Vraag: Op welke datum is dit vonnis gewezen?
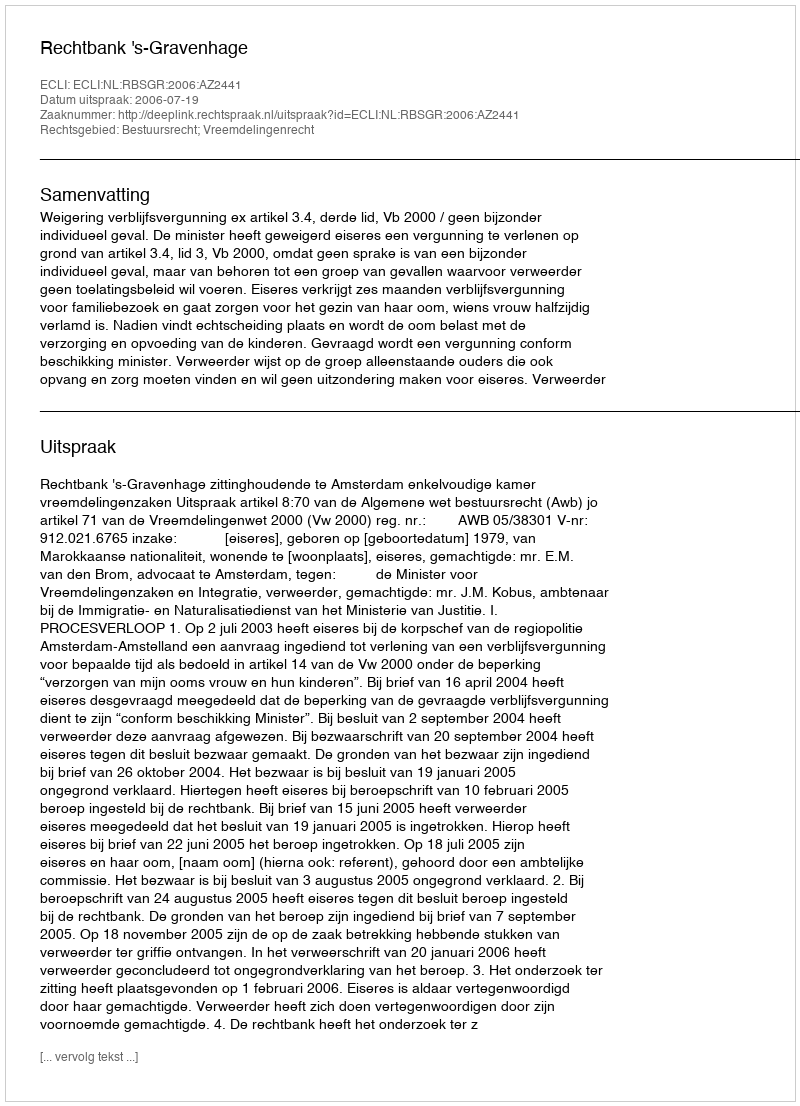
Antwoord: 2006-07-19